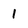
Character: 1